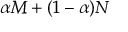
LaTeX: \alpha M + ( 1 - \alpha ) N